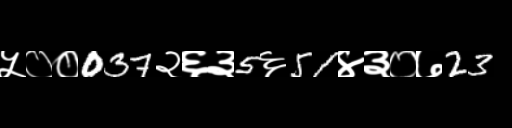
Text: ५००037२६३5६51४३०७23